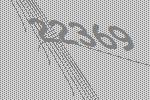
22369